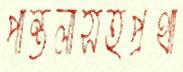
পান্তলাসহপ্রথা